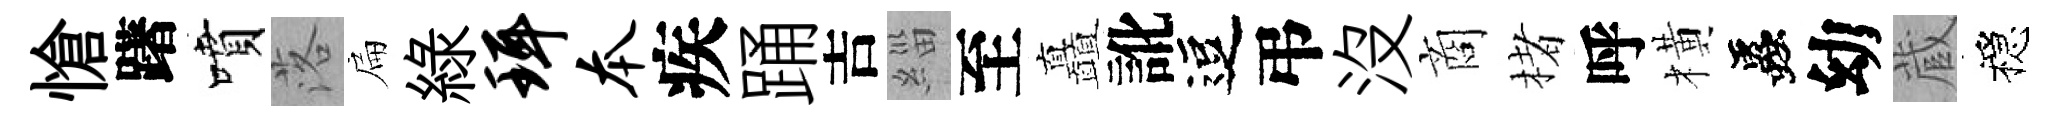
愴躇噴落扁緑珥本疾踊吉緇至矗訛逗弔没商楮呼橫蟲幼蔵穩